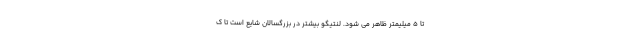
تا 5 میلیمتر ظاهر می شود. لنتیگو بیشتر در بزرگسالان شایع است تا ک